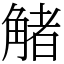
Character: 觰